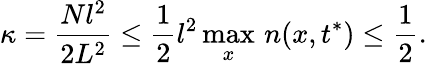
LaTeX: \kappa=\frac{Nl^{2}}{2L^{2}}\leq\frac{1}{2}l^{2}\operatorname*{max}_{x}\, n(x,t^{*})\leq\frac{1}{2}.